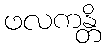
ဖလကန္တိ